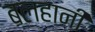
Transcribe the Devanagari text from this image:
बलहानी